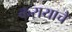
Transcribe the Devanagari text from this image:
करायाचे